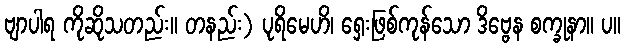
ဗျာပါရ ကိုဆိုသတည်း။ တနည်း) ပုရိမေဟိ၊ ရှေးဖြစ်ကုန်သော ဒိဗ္ဗေန စက္ခုနာ။ ပ။